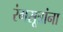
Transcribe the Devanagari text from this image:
रंगसूत्रांना